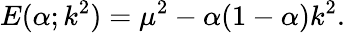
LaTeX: E(\alpha;k^{2})=\mu^{2}-\alpha(1-\alpha)k^{2}.